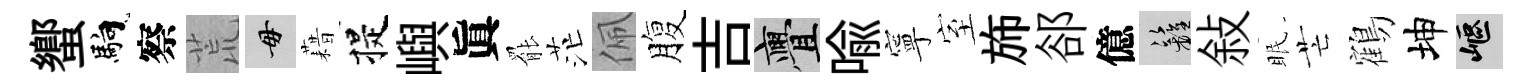
蠁馿察荒毋藉提嶼眞罷茫佩腹吉亹喻寧室斾郤億籬敍眠芒鶴坤嶇